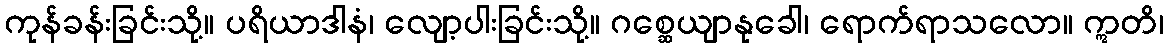
ကုန်ခန်းခြင်းသို့။ ပရိယာဒါနံ၊ လျော့ပါးခြင်းသို့။ ဂစ္ဆေယျာနုခေါ၊ ရောက်ရာသလော။ ဣတိ၊